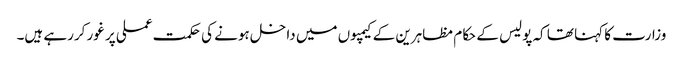
وزارت کا کہنا تھا کہ پولیس کے حکام مظاہرین کے کیمپوں میں داخل ہونے کی حکمت عملی پر غور کررہے ہیں۔